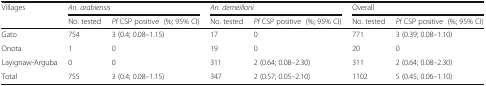
<table><thead><tr><td rowspan="2"><b>Villages</b></td><td colspan="2"><b><i>An. arabiensis</i></b></td><td colspan="2"><b><i>An. demeilloni</i></b></td><td colspan="2"><b>Overall</b></td></tr><tr><td><b>No. tested</b></td><td><b><i>Pf</i> CSP positive(%; 95% CI)</b></td><td><b>No. tested</b></td><td><b><i>Pf </i>CSP positive(%; 95% CI)</b></td><td><b>No. tested</b></td><td><b><i>Pf</i> CSP positive(%; 95% CI)</b></td></tr></thead><tbody><tr><td>Gato</td><td>754</td><td>3 (0.4; 0.08–1.15)</td><td>17</td><td>0</td><td>771</td><td>3 (0.39; 0.08–1.10)</td></tr><tr><td>Onota</td><td>1</td><td>0</td><td>19</td><td>0</td><td>20</td><td>0</td></tr><tr><td>Layignaw-Arguba</td><td>0</td><td>0</td><td>311</td><td>2 (0.64; 0.08–2.30)</td><td>311</td><td>2 (0.64; 0.08–2.30)</td></tr><tr><td>Total</td><td>755</td><td>3 (0.4; 0.08–1.15)</td><td>347</td><td>2 (0.57; 0.05–2.10)</td><td>1102</td><td>5 (0.45; 0.06–1.10)</td></tr></tbody></table>